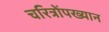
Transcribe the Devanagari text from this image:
चरित्रोंपख्यान